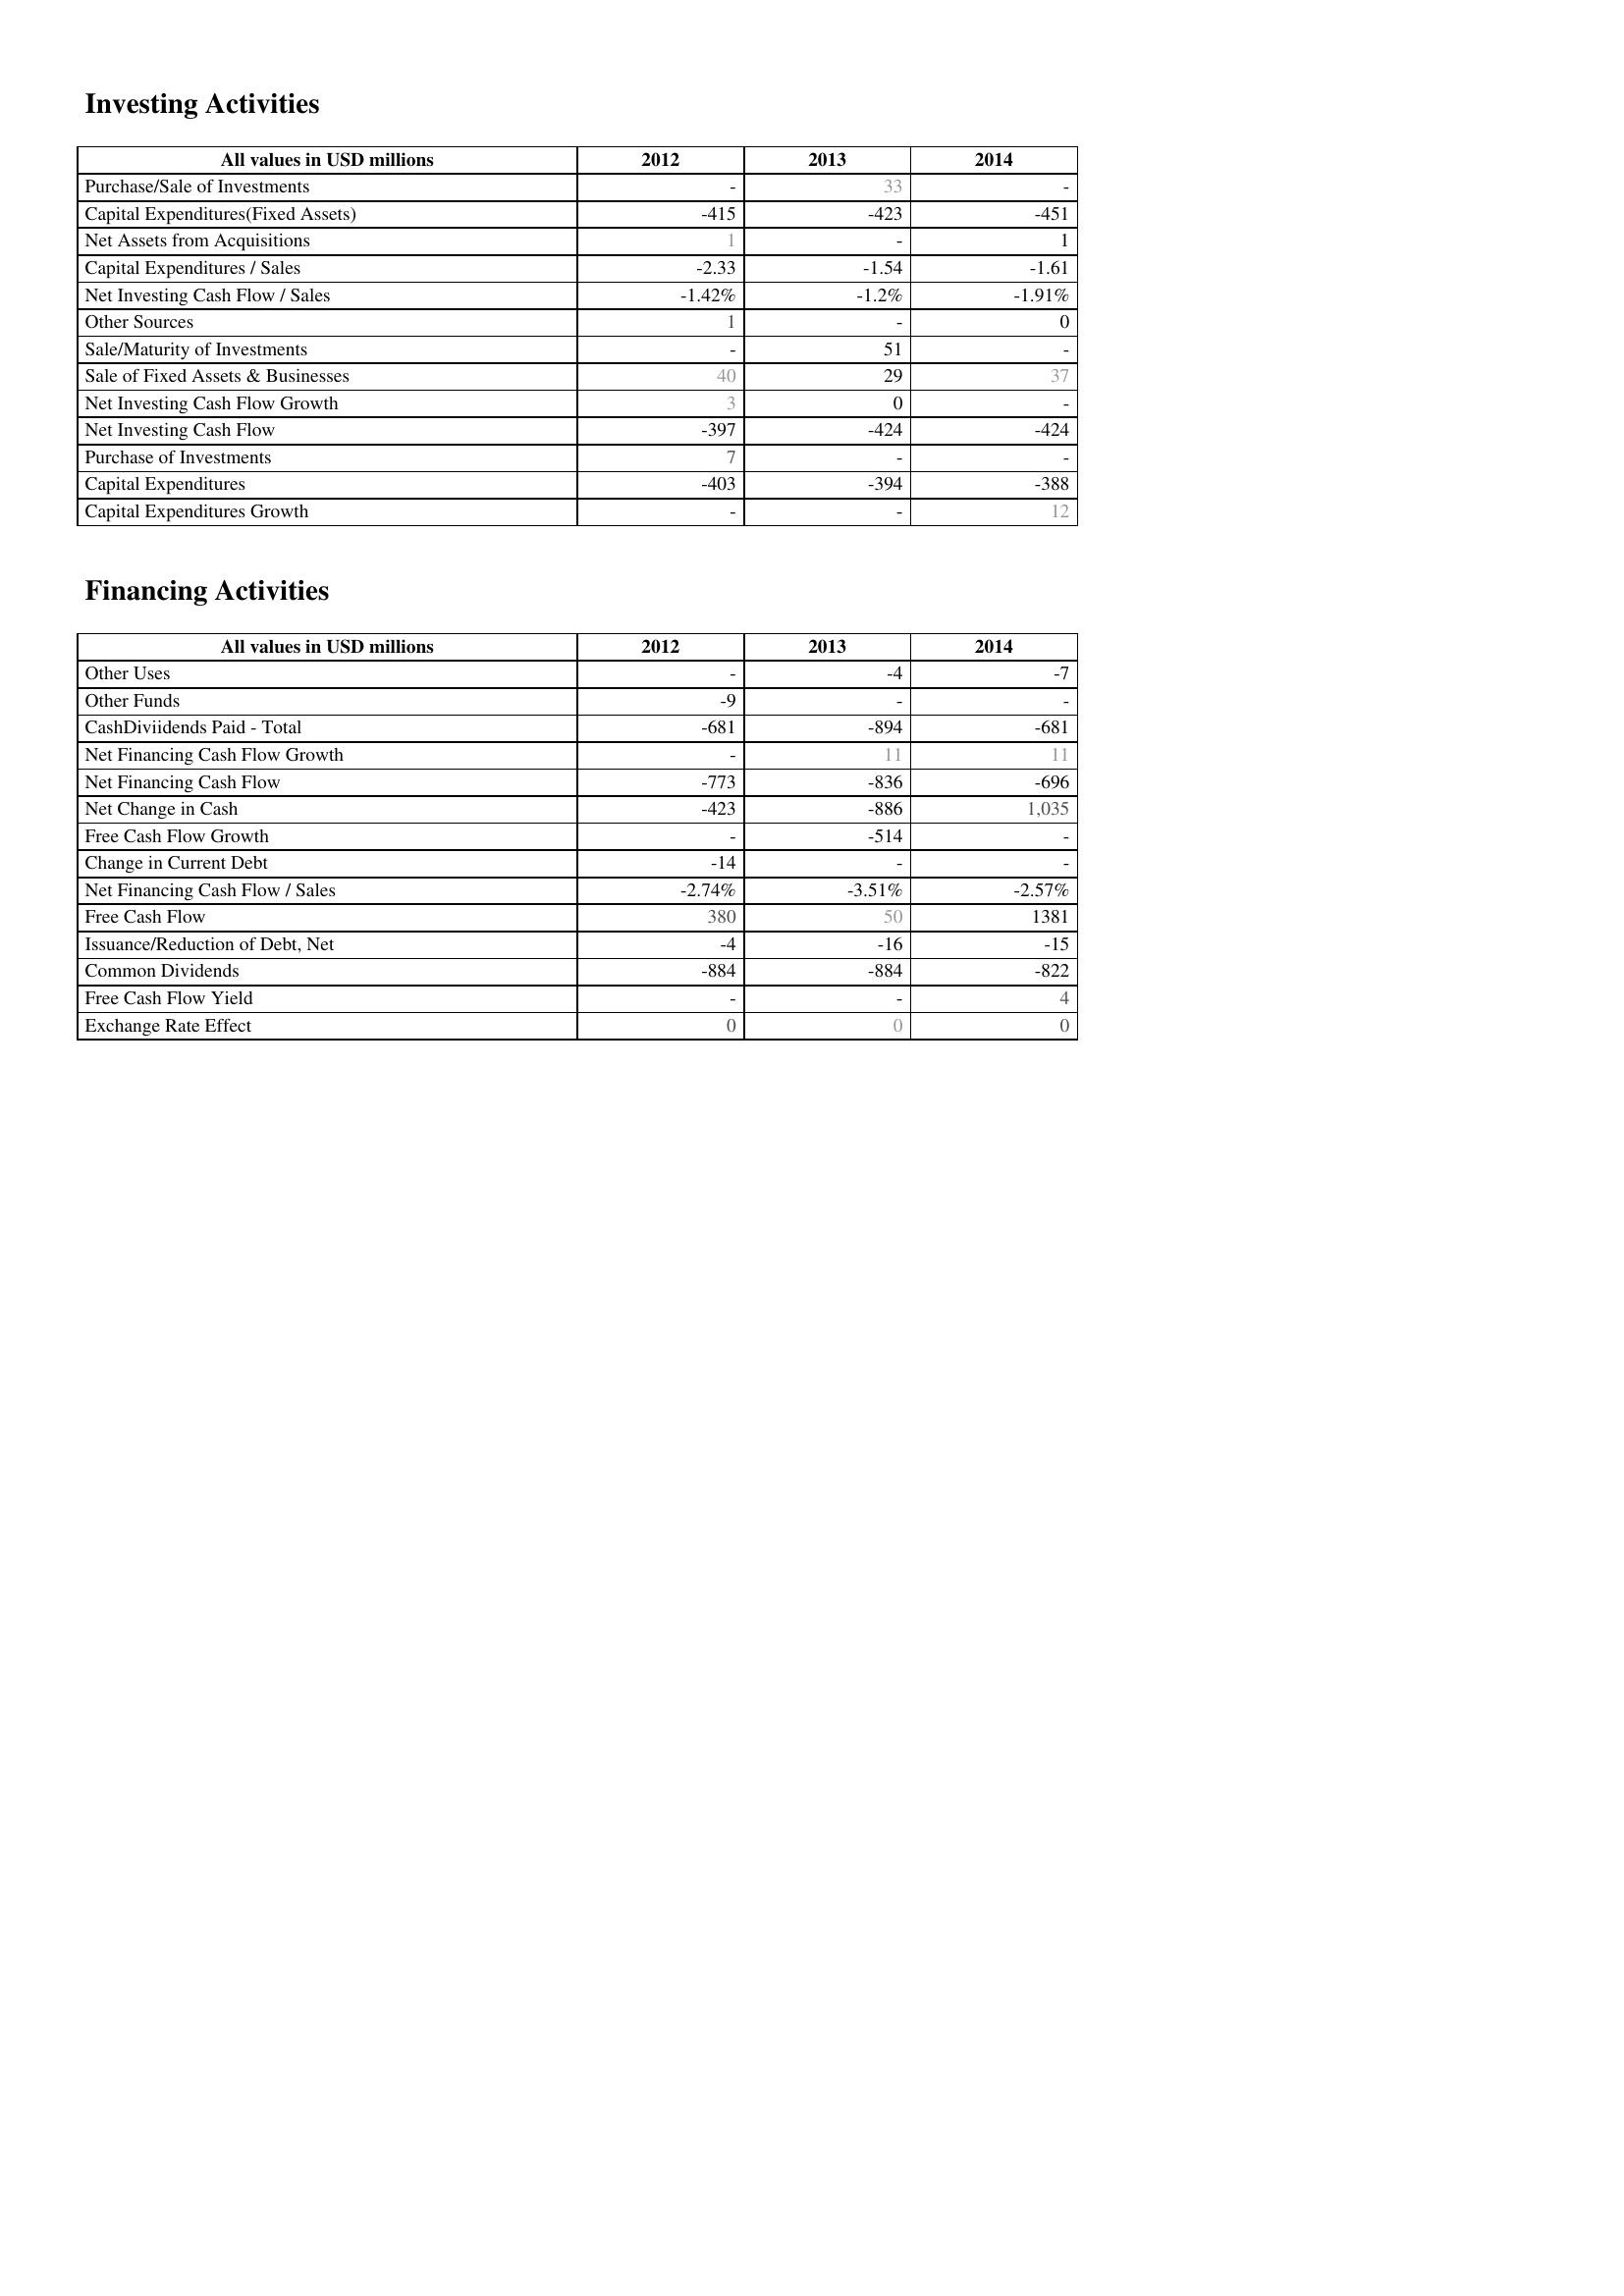
2012: Investing Activities: Purchase/Sale of Investments: -
Capital Expenditures(Fixed Assets): -415
Net Assets from Acquisitions: 1
Capital Expenditures / Sales: -2.33
Net Investing Cash Flow / Sales: -1.42%
Other Sources: 1
Sale/Maturity of Investments: -
Sale of Fixed Assets & Businesses: 40
Net Investing Cash Flow Growth: 3
Net Investing Cash Flow: -397
Purchase of Investments: 7
Capital Expenditures: -403
Capital Expenditures Growth: -
Financing Activities: Other Uses: -
Other Funds: -9
CashDiviidends Paid - Total: -681
Net Financing Cash Flow Growth: -
Net Financing Cash Flow: -773
Net Change in Cash: -423
Free Cash Flow Growth: -
Change in Current Debt: -14
Net Financing Cash Flow / Sales: -2.74%
Free Cash Flow: 380
Issuance/Reduction of Debt, Net: -4
Common Dividends: -884
Free Cash Flow Yield: -
Exchange Rate Effect: 0
2013: Investing Activities: Purchase/Sale of Investments: 33
Capital Expenditures(Fixed Assets): -423
Net Assets from Acquisitions: -
Capital Expenditures / Sales: -1.54
Net Investing Cash Flow / Sales: -1.2%
Other Sources: -
Sale/Maturity of Investments: 51
Sale of Fixed Assets & Businesses: 29
Net Investing Cash Flow Growth: 0
Net Investing Cash Flow: -424
Purchase of Investments: -
Capital Expenditures: -394
Capital Expenditures Growth: -
Financing Activities: Other Uses: -4
Other Funds: -
CashDiviidends Paid - Total: -894
Net Financing Cash Flow Growth: 11
Net Financing Cash Flow: -836
Net Change in Cash: -886
Free Cash Flow Growth: -514
Change in Current Debt: -
Net Financing Cash Flow / Sales: -3.51%
Free Cash Flow: 50
Issuance/Reduction of Debt, Net: -16
Common Dividends: -884
Free Cash Flow Yield: -
Exchange Rate Effect: 0
2014: Investing Activities: Purchase/Sale of Investments: -
Capital Expenditures(Fixed Assets): -451
Net Assets from Acquisitions: 1
Capital Expenditures / Sales: -1.61
Net Investing Cash Flow / Sales: -1.91%
Other Sources: 0
Sale/Maturity of Investments: -
Sale of Fixed Assets & Businesses: 37
Net Investing Cash Flow Growth: -
Net Investing Cash Flow: -424
Purchase of Investments: -
Capital Expenditures: -388
Capital Expenditures Growth: 12
Financing Activities: Other Uses: -7
Other Funds: -
CashDiviidends Paid - Total: -681
Net Financing Cash Flow Growth: 11
Net Financing Cash Flow: -696
Net Change in Cash: 1,035
Free Cash Flow Growth: -
Change in Current Debt: -
Net Financing Cash Flow / Sales: -2.57%
Free Cash Flow: 1381
Issuance/Reduction of Debt, Net: -15
Common Dividends: -822
Free Cash Flow Yield: 4
Exchange Rate Effect: 0